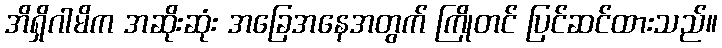
အိရှိဂါမိက အဆိုးဆုံး အခြေအနေအတွက် ကြိုတင် ပြင်ဆင်ထားသည်။